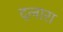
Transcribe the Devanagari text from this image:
द्लारा